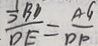
\frac { \frac { 1 } { 2 } B D } { D E } = \frac { A G } { D P }